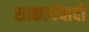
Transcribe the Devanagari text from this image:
सत्कार्यवादी